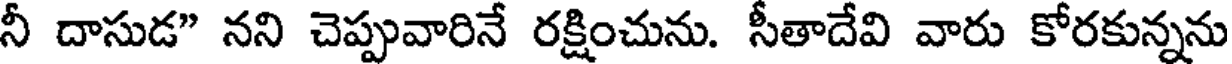
నీ దాసుడ" నని చెప్పువారినే రక్షించును. సీతాదేవి వారు కోరకున్నను